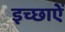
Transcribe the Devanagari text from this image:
इच्छाऐं